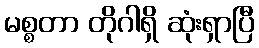
မစ္စတာ တိုဂါရှိ ဆုံးရှာပြီ